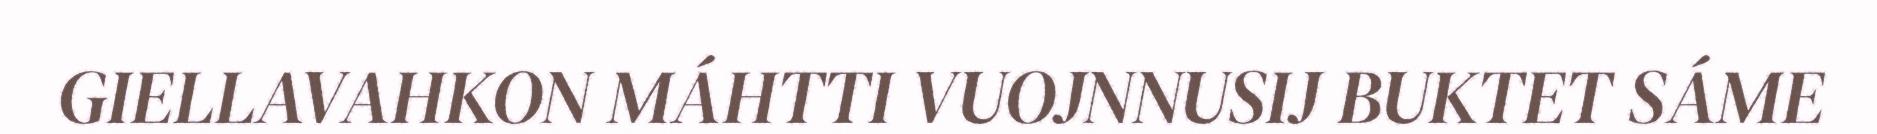
GIELLAVAHKON MÁHTTI VUOJNNUSIJ BUKTET SÁME